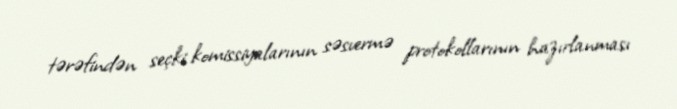
tərəfindən seçki komissiyalarının səsvermə protokollarının hazırlanması